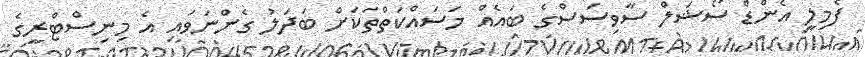
ފެމިލީ އެންޑް ސޯޝަލް ސާވިސަސްގެ ބައެއް މަސައްކަތްތަކަށް ބަދަލު ގެންނަވައި އެ މިނިސްޓްރީގެ